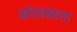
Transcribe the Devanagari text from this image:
क़ोलकाता